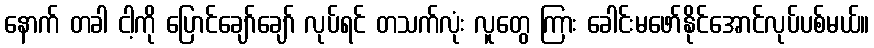
နောက် တခါ ငါ့ကို ပြောင်ချော်ချော် လုပ်ရင် တသက်လုံး လူတွေ ကြား ခေါင်းမဖော်နိုင်အောင်လုပ်ပစ်မယ်။